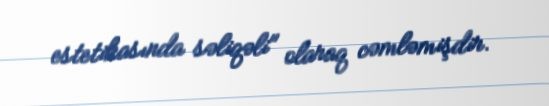
estetikasında səliqəli" olaraq cəmləmişdir.